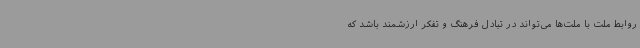
روابط ملت با ملت‌ها می‌تواند در تبادل فرهنگ و تفکر ارزشمند باشد که